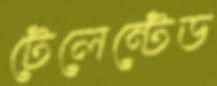
টেলেন্টেড